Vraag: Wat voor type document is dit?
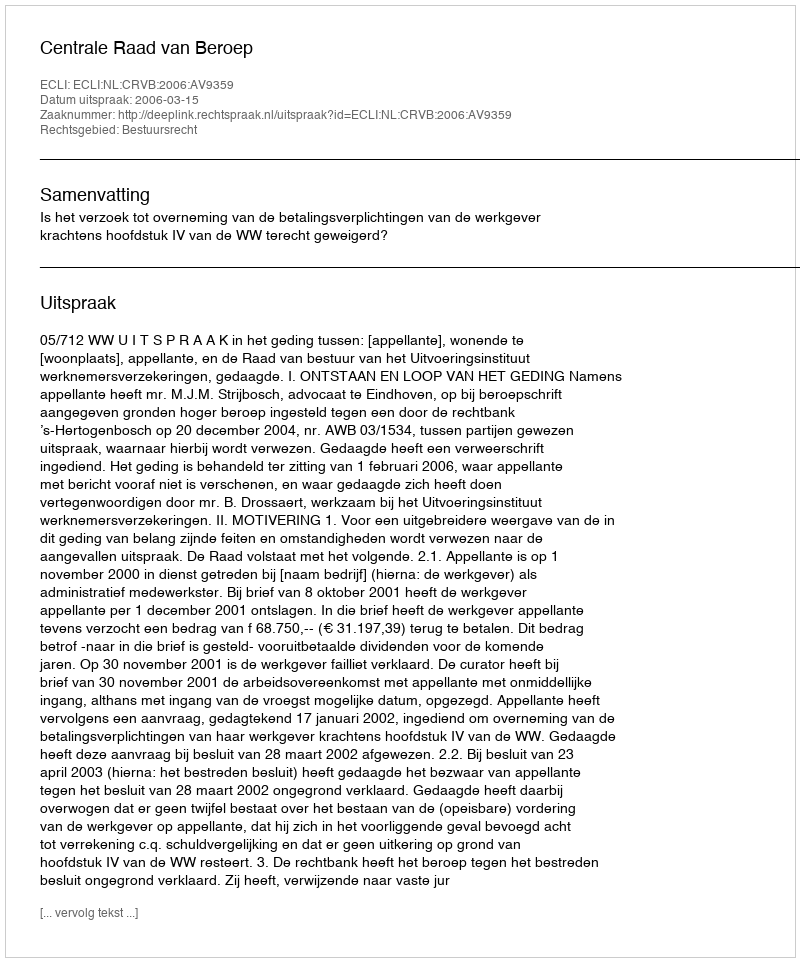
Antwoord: Uitspraak